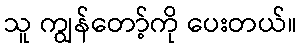
သူ ကျွန်တော့်ကို ပေးတယ်။